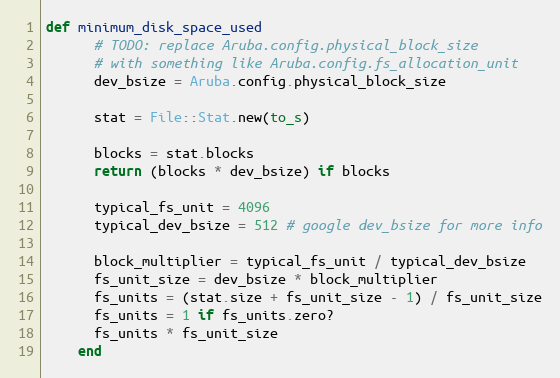
Language: Ruby
def minimum_disk_space_used
      # TODO: replace Aruba.config.physical_block_size
      # with something like Aruba.config.fs_allocation_unit
      dev_bsize = Aruba.config.physical_block_size

      stat = File::Stat.new(to_s)

      blocks = stat.blocks
      return (blocks * dev_bsize) if blocks

      typical_fs_unit = 4096
      typical_dev_bsize = 512 # google dev_bsize for more info

      block_multiplier = typical_fs_unit / typical_dev_bsize
      fs_unit_size = dev_bsize * block_multiplier
      fs_units = (stat.size + fs_unit_size - 1) / fs_unit_size
      fs_units = 1 if fs_units.zero?
      fs_units * fs_unit_size
    end